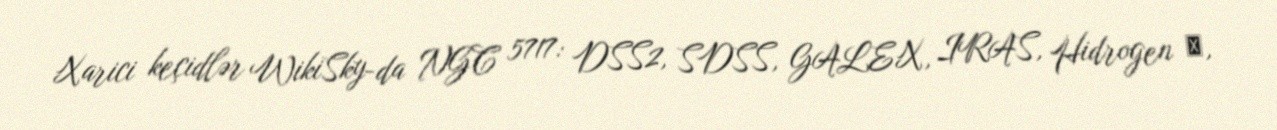
Xarici keçidlər WikiSky-da NGC 5717: DSS2, SDSS, GALEX, IRAS, Hidrogen α,